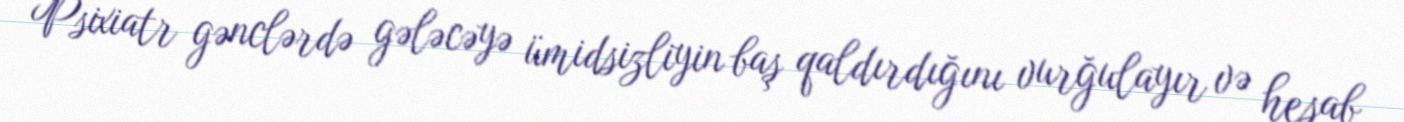
Psixiatr gənclərdə gələcəyə ümidsizliyin baş qaldırdığını vurğulayır və hesab